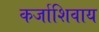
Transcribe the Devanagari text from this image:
कर्जाशिवाय